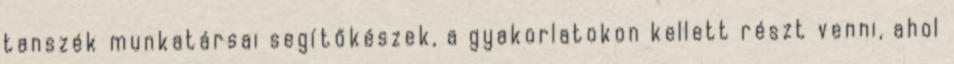
tanszék munkatársai segítőkészek, a gyakorlatokon kellett részt venni, ahol